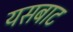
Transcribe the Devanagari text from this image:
यसबाट